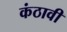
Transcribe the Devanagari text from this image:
कंठावी